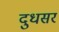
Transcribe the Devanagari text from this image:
दुधसर